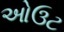
ઓઉટ